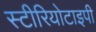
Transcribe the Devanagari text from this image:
स्‍टीरियोटाइपी